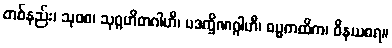
တစ်နည်း၊ သုဝစ၊ သုဂ္ဂဟိတဂါဟီ၊ ပဒက္ခိဏဂ္ဂါဟီ၊ ဓမ္မကထိက၊ ဝိနယဓရ။